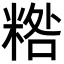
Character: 𥻀